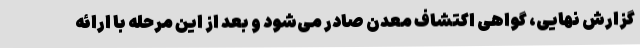
گزارش نهایی، گواهی اکتشاف معدن صادر می‌شود و بعد از این مرحله با ارائه